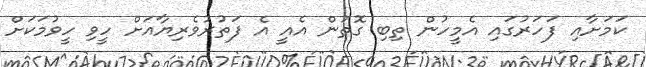
ކަމަށާއި ފަހަރުގައި އެމީހުން ތިބި ގޮތުން އެއީ އެ ފަތުރުވެރިޔާއަށް ހީވި ހީވުމަކަށް